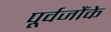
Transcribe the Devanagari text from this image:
पूर्वजौंके